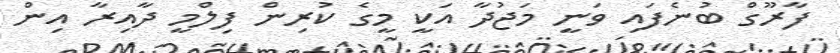
ފާރޫގް ބުނެފައި ވަނީ މަޖުދާ އަކީ މީގެ ކުރިން ފިލްމީ ދާއިރާ އިން